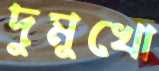
দুমুখো